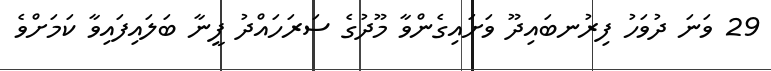
29 ވަނަ ދުވަހު ފިރުނބައިދޫ ވަށައިގެންވާ މޫދުގެ ސަރަހައްދު ފީނާ ބަލައިފައިވާ ކަމަށްވެ